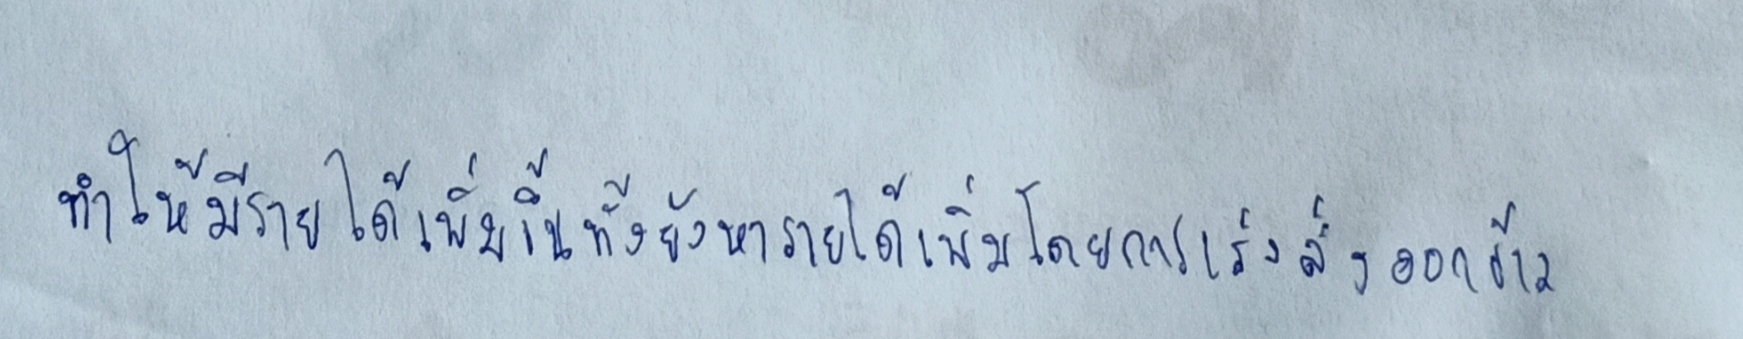
ทำให้มีรายได้เพิ่มขึ้นทั้งยังหารายได้เพิ่มโดยการเร่งส่งออกข้าว